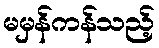
မမှန်ကန်သည့်